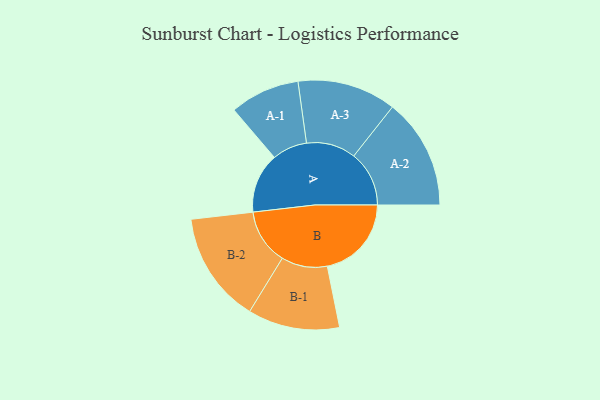
{"axis": {"x": "Segment", "y": "Value"}, "legend": ["", "A", "B"], "data": [{"x": "A", "y": 294, "type": ""}, {"x": "B", "y": 412, "type": ""}, {"x": "A-1", "y": 171, "type": "A"}, {"x": "A-2", "y": 271, "type": "A"}, {"x": "A-3", "y": 242, "type": "A"}, {"x": "B-1", "y": 225, "type": "B"}, {"x": "B-2", "y": 272, "type": "B"}]}